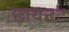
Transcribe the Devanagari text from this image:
छायनट